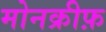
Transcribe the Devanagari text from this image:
मोनक्रीफ़